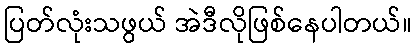
ပြတ်လုံးသဖွယ် အဲဒီလိုဖြစ်နေပါတယ်။